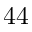
4 4